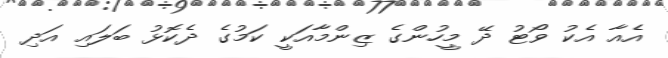
އެއާ އެކު ވޯޓު ދޭ މީހުންގެ ޒިންމާއަކީ ކަމުގެ ދެކޮޅު ބަލައި އަދި